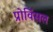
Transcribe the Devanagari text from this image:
प्रोविंसल